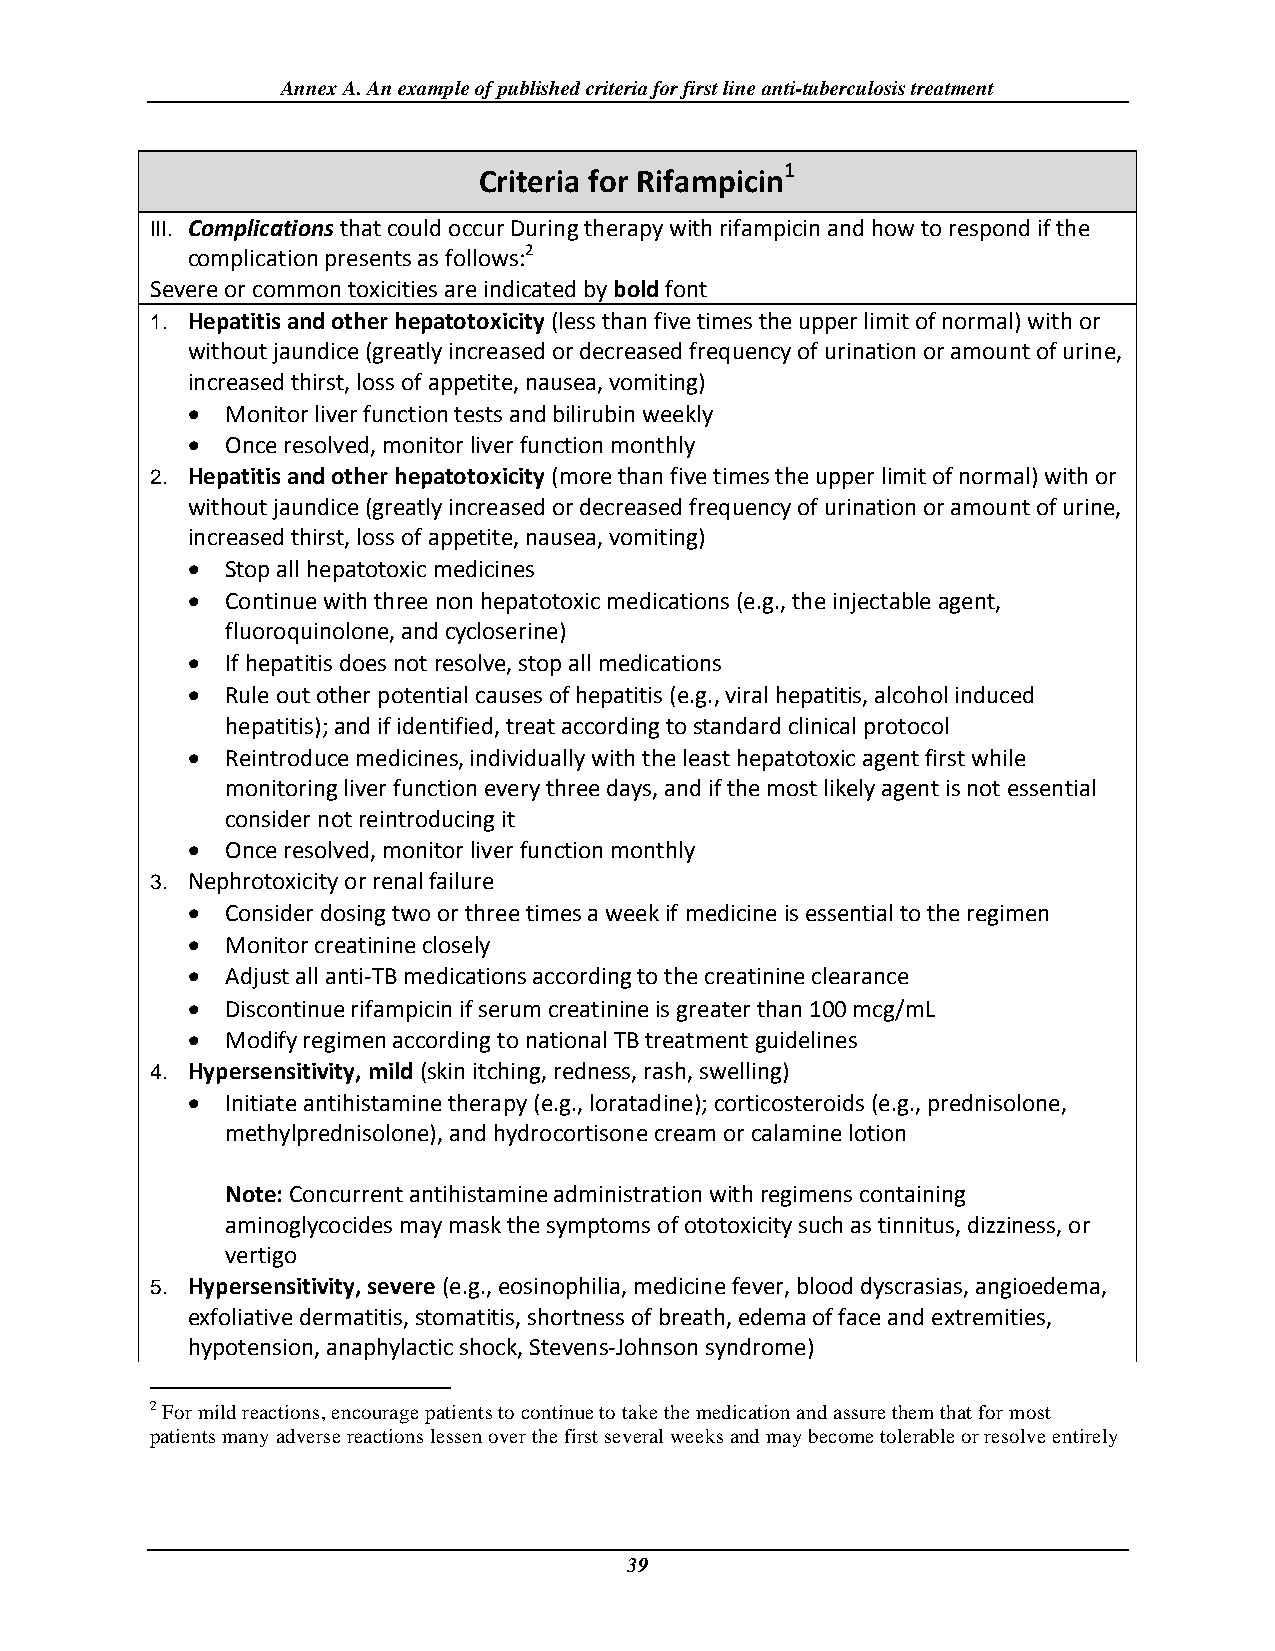
Annex A. An example of published criteria for first line anti-tuberculosis treatment
 1
 Criteria for Rifampicin
 III. Complications that could occur During therapy with rifampicin and how to respond if the
 complication presents as follows:2
 Severe or common toxicities are indicated by bold font
 1. Hepatitis and other hepatotoxicity (less than five times the upper limit of normal) with or
 without jaundice (greatly increased or decreased frequency of urination or amount of urine,
 increased thirst, loss of appetite, nausea, vomiting)
   Monitor liver function tests and bilirubin weekly
   Once resolved, monitor liver function monthly
 2. Hepatitis and other hepatotoxicity (more than five times the upper limit of normal) with or
 without jaundice (greatly increased or decreased frequency of urination or amount of urine,
 increased thirst, loss of appetite, nausea, vomiting)
   Stop all hepatotoxic medicines
   Continue with three non hepatotoxic medications (e.g., the injectable agent,
 fluoroquinolone, and cycloserine)
   If hepatitis does not resolve, stop all medications
   Rule out other potential causes of hepatitis (e.g., viral hepatitis, alcohol induced
 hepatitis); and if identified, treat according to standard clinical protocol
   Reintroduce medicines, individually with the least hepatotoxic agent first while
 monitoring liver function every three days, and if the most likely agent is not essential
 consider not reintroducing it
   Once resolved, monitor liver function monthly
 3. Nephrotoxicity or renal failure
   Consider dosing two or three times a week if medicine is essential to the regimen
   Monitor creatinine closely
   Adjust all anti-TB medications according to the creatinine clearance
   Discontinue rifampicin if serum creatinine is greater than 100 mcg/mL
   Modify regimen according to national TB treatment guidelines
 4. Hypersensitivity, mild (skin itching, redness, rash, swelling)
   Initiate antihistamine therapy (e.g., loratadine); corticosteroids (e.g., prednisolone,
 methylprednisolone), and hydrocortisone cream or calamine lotion
 Note: Concurrent antihistamine administration with regimens containing
 aminoglycocides may mask the symptoms of ototoxicity such as tinnitus, dizziness, or
 vertigo
 5. Hypersensitivity, severe (e.g., eosinophilia, medicine fever, blood dyscrasias, angioedema,
 exfoliative dermatitis, stomatitis, shortness of breath, edema of face and extremities,
 hypotension, anaphylactic shock, Stevens-Johnson syndrome)
 2 For mild reactions, encourage patients to continue to take the medication and assure them that for most
 patients many adverse reactions lessen over the first several weeks and may become tolerable or resolve entirely
 39